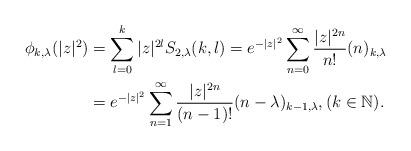
LaTeX: \begin{align*}\phi_{k,\lambda}(|z|^{2})&=\sum_{l=0}^{k}|z|^{2l}S_{2,\lambda}(k,l)=e^{-|z|^{2}}\sum_{n=0}^{\infty}\frac{|z|^{2n}}{n!}(n)_{k,\lambda} \\&=e^{-|z|^{2}}\sum_{n=1}^{\infty}\frac{|z|^{2n}}{(n-1)!}(n-\lambda)_{k-1,\lambda},(k\in\mathbb{N}). \end{align*}